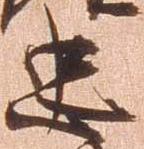
忠